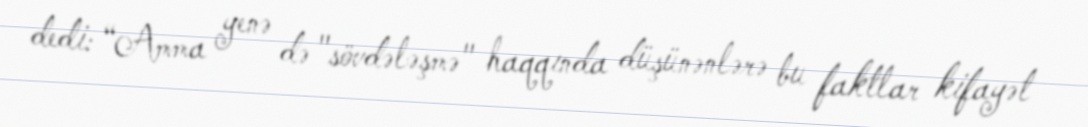
dedi: “Amma yenə də "sövdələşmə" haqqında düşünənlərə bu faktlar kifayət